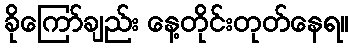
ခိုကြော်ချည်း နေ့တိုင်းတုတ်နေရ။